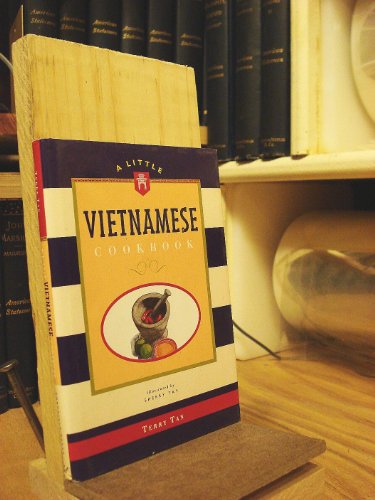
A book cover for A Little Vietnamese Cookbook; Terry Tan; Cookbooks, Food & Wine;